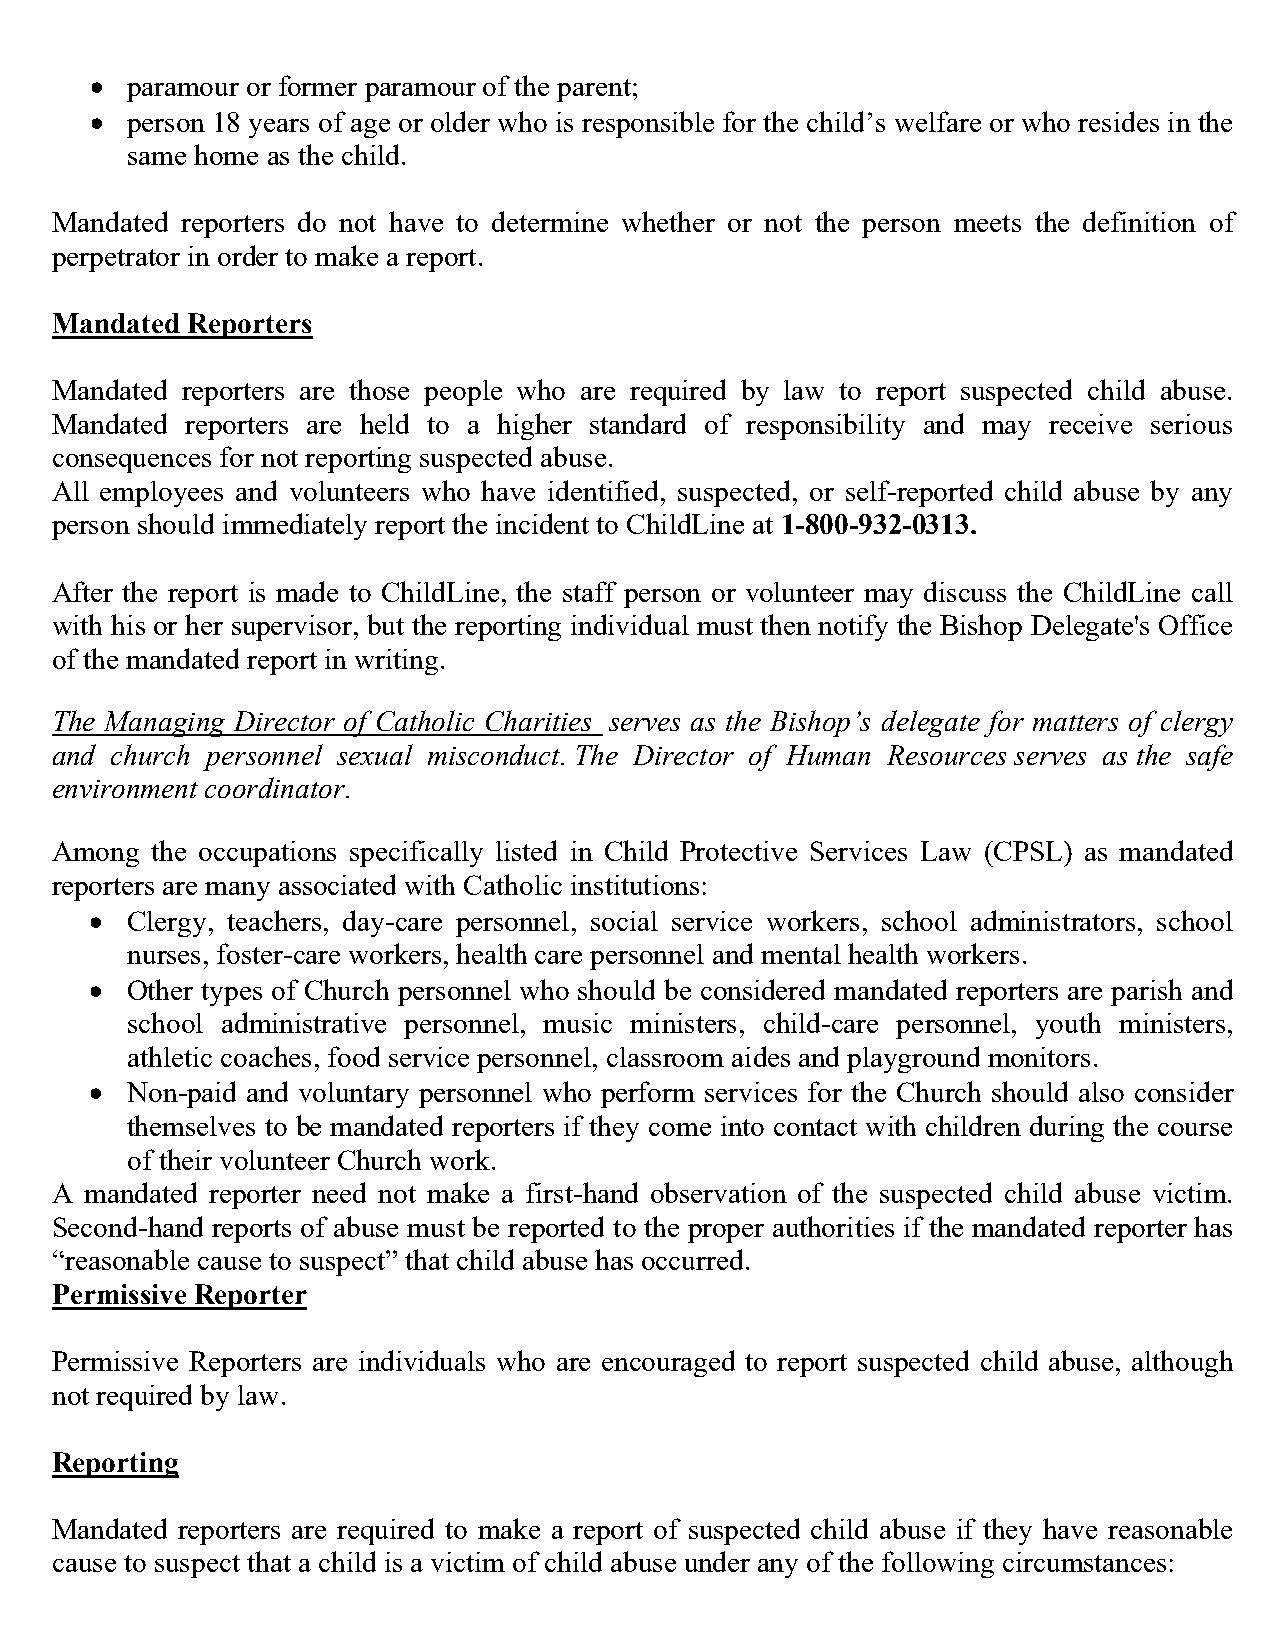
• paramour or former paramour of the parent;
 • person 18 years of age or older who is responsible for the child’s welfare or who resides in the
 same home as the child.
 Mandated reporters do not have to determine whether or not the person meets the definition of
 perpetrator in order to make a report.
 Mandated Reporters
 Mandated reporters are those people who are required by law to report suspected child abuse.
 Mandated reporters are held to a higher standard of responsibility and may receive serious
 consequences for not reporting suspected abuse.
 All employees and volunteers who have identified, suspected, or self-reported child abuse by any
 person should immediately report the incident to ChildLine at 1-800-932-0313.
 After the report is made to ChildLine, the staff person or volunteer may discuss the ChildLine call
 with his or her supervisor, but the reporting individual must then notify the Bishop Delegate's Office
 of the mandated report in writing.
 The Managing Director of Catholic Charities serves as the Bishop’s delegate for matters of clergy
 and church personnel sexual misconduct. The Director of Human Resources serves as the safe
 environment coordinator.
 Among  the occupations specifically listed in Child Protective Services Law (CPSL) as mandated
 reporters are many associated with Catholic institutions:
 • Clergy, teachers, day-care personnel, social service workers, school administrators, school
 nurses, foster-care workers, health care personnel and mental health workers.
 • Other types of Church personnel who should be considered mandated reporters are parish and
 school administrative personnel, music ministers, child-care personnel, youth ministers,
 athletic coaches, food service personnel, classroom aides and playground monitors.
 • Non-paid and voluntary personnel who perform services for the Church should also consider
 themselves to be mandated reporters if they come into contact with children during the course
 of their volunteer Church work.
 A  mandated reporter need not make a first-hand observation of the suspected child abuse victim.
 Second-hand reports of abuse must be reported to the proper authorities if the mandated reporter has
 “reasonable cause to suspect” that child abuse has occurred.
 Permissive Reporter
 Permissive Reporters are individuals who are encouraged to report suspected child abuse, although
 not required by law.
 Reporting
 Mandated reporters are required to make a report of suspected child abuse if they have reasonable
 cause to suspect that a child is a victim of child abuse under any of the following circumstances: